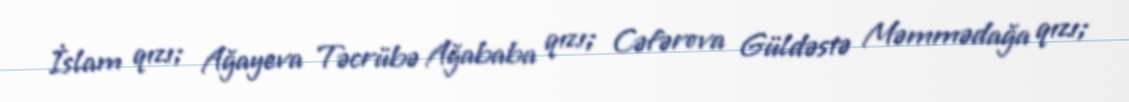
İslam qızı; Ağayeva Təcrübə Ağababa qızı; Cəfərova Güldəstə Məmmədağa qızı;